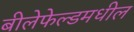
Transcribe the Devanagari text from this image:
बीलेफेल्डमधील